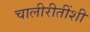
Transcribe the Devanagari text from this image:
चालीरीतींशी